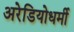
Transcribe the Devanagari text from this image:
अरेडियोधर्मी